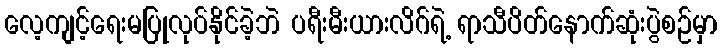
လေ့ကျင့်ရေးမပြုလုပ်နိုင်ခဲ့ဘဲ ပရီးမီးယားလိဂ်ရဲ့ ရာသီပိတ်နောက်ဆုံးပွဲစဉ်မှာ